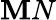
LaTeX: {\mathbf MN}